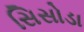
સિસોડા